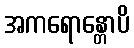
အကရောန္တောပိ